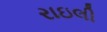
રાઇલી